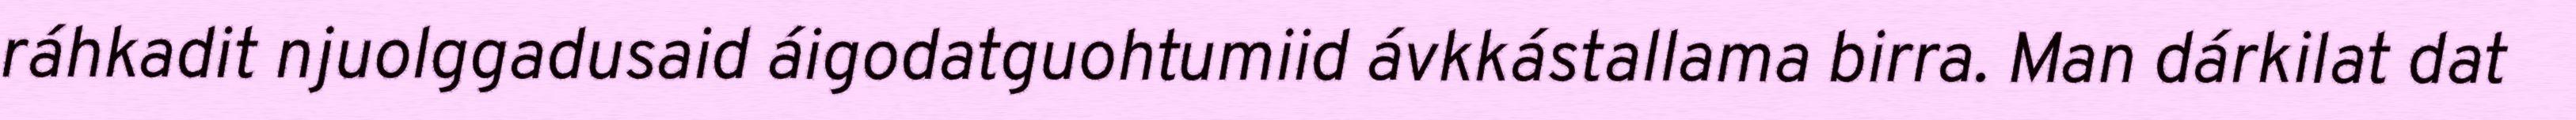
ráhkadit njuolggadusaid áigodatguohtumiid ávkkástallama birra. Man dárkilat dat